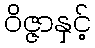
ဝိဇ္ဇာနှင့်